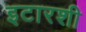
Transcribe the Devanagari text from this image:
इटारशी